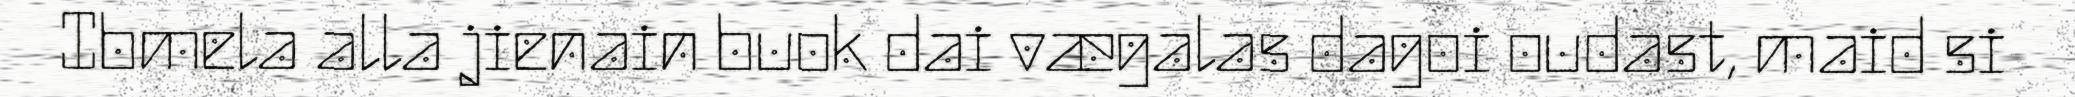
Ibmela alla jienain buok dai vægalas dagoi oudast, maid si